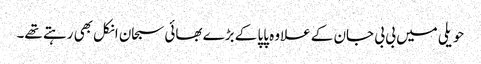
حویلی میں بی بی جان کے علاوہ پاپا کے بڑے بھائی سبحان انکل بھی رہتے تھے۔